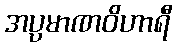
အပ္ပမာဏဝိဟာရီ